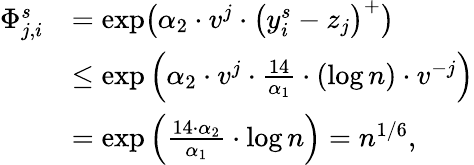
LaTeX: \begin{array}{rl}{\Phi_{j,i}^{s}}&{=\exp\bigl(\alpha_{2}\cdot v^{j}\cdot\bigl(y_{i}^{s}-z_{j}\bigr)^{+}\bigr)}\\ &{\leq\exp\Big(\alpha_{2}\cdot v^{j}\cdot\frac{14}{\alpha_{1}}\cdot(\log n)\cdot v^{-j}\Big)}\\ &{=\exp\Big(\frac{14\cdot\alpha_{2}}{\alpha_{1}}\cdot\log n\Big)=n^{1/6},}\end{array}